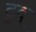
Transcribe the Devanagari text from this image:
ट्रुद्